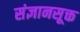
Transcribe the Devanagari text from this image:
संज्ञानसूक्त